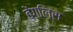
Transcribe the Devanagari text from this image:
बेंगलिस